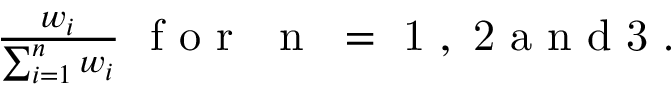
\begin{array} { r } { \frac { w _ { i } } { \sum _ { i = 1 } ^ { n } w _ { i } } ~ \mathrm { ~ f ~ o ~ r ~ \textit ~ { ~ n ~ } ~ = ~ 1 ~ , ~ 2 ~ a ~ n ~ d ~ 3 ~ . ~ } } \end{array}